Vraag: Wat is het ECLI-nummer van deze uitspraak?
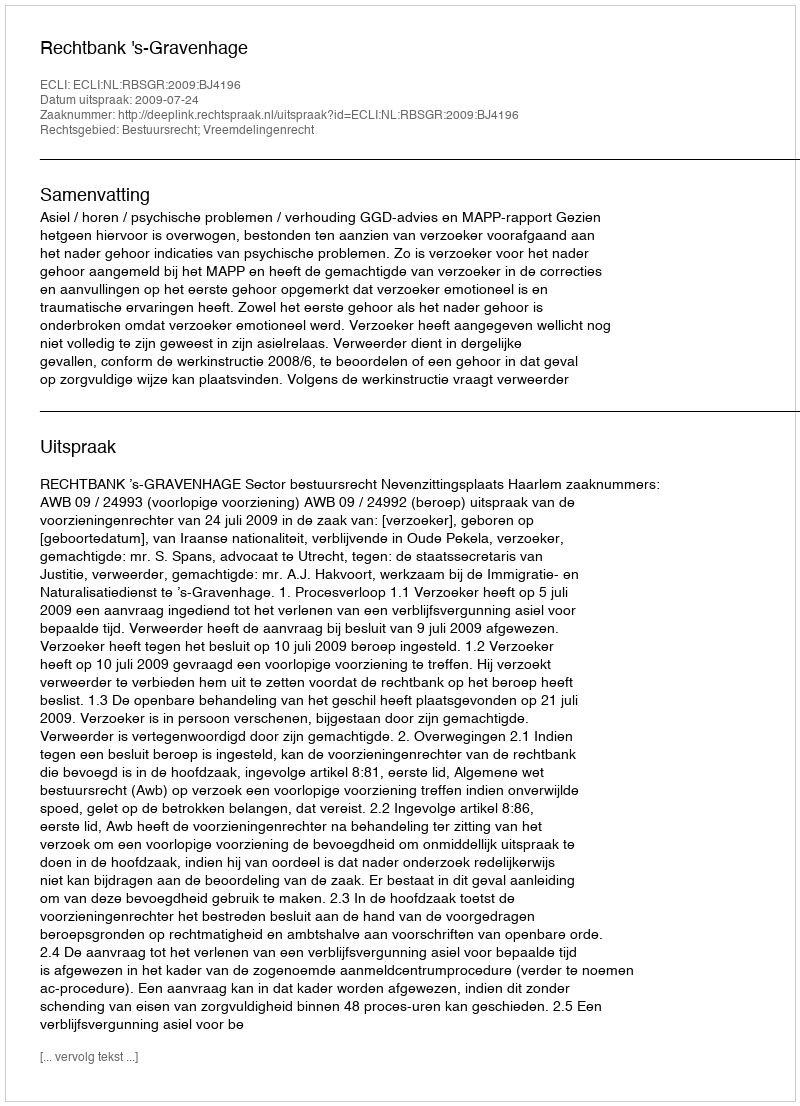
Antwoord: ECLI:NL:RBSGR:2009:BJ4196